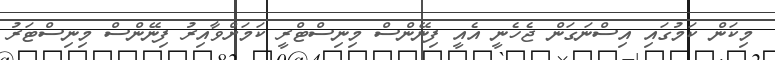
މިކަން ކަމުގައި އިސްނަގަން ޖެހެނީ އެއީ ފިނޭންސް މިނިސްޓްރީ ކަމަށްވާއިރު ފިނޭންސް މިނިސްޓަރު